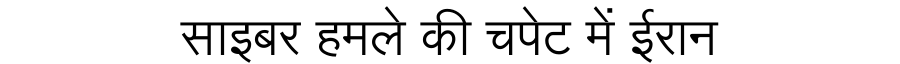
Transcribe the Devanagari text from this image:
साइबर हमले की चपेट में ईरान